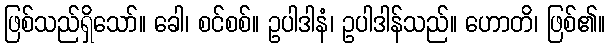
ဖြစ်သည်ရှိသော်။ ခေါ၊ စင်စစ်။ ဥပါဒါနံ၊ ဥပါဒါန်သည်။ ဟောတိ၊ ဖြစ်၏။